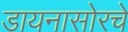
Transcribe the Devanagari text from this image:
डायनासोरचे